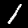
Label: 1